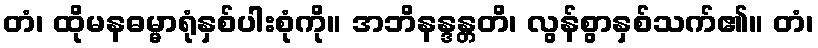
တံ၊ ထိုမနဓမ္မာရုံနှစ်ပါးစုံကို။ အဘိနန္ဒန္တတိ၊ လွန်စွာနှစ်သက်၏။ တံ၊